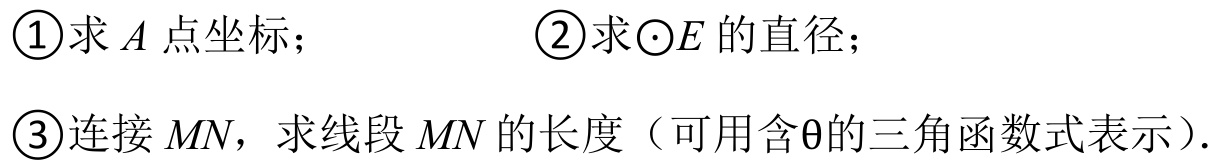
\textcircled{1}求\(A\)点坐标； \textcircled{2}求\(\odot E\)的直径；
\textcircled{3}连接\(MN\)，求线段\(MN\)的长度（可用含\(\theta\)的三角函数式表示）.